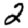
Digit: 2